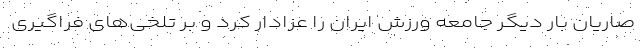
صاریان بار دیگر جامعه ورزش ایران را عزادار کرد و بر تلخی‌های فراگیری